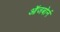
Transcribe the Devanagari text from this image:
ऑजबोर्न